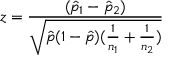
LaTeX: z = { \frac { ( { \hat { p } } _ { 1 } - { \hat { p } } _ { 2 } ) } { \sqrt { { \hat { p } } ( 1 - { \hat { p } } ) ( { \frac { 1 } { n _ { 1 } } } + { \frac { 1 } { n _ { 2 } } } ) } } }